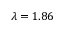
\lambda = 1 . 8 6